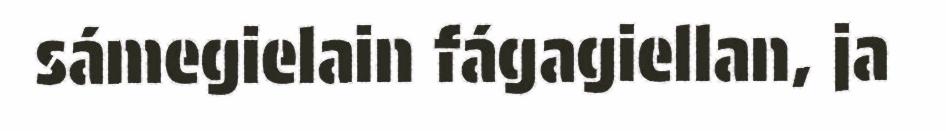
sámegielain fágagiellan, ja